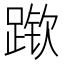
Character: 𲃶